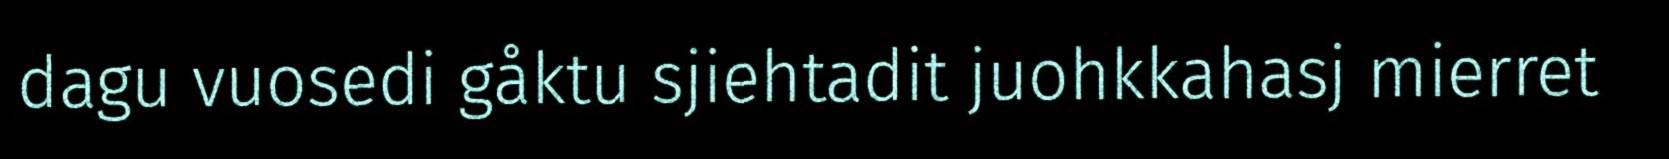
dagu vuosedi gåktu sjiehtadit juohkkahasj mierret